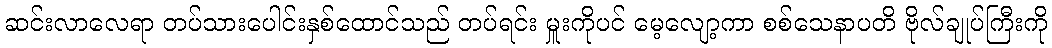
ဆင်းလာလေရာ တပ်သားပေါင်းနှစ်ထောင်သည် တပ်ရင်း မှူးကိုပင် မေ့လျော့ကာ စစ်သေနာပတိ ဗိုလ်ချုပ်ကြီးကို